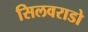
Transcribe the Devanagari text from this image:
सिलवराडो